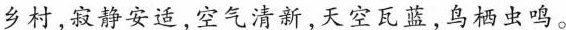
乡村，寂静安适，空气清新，天空瓦蓝，鸟栖虫鸣。